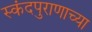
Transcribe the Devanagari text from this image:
स्कंदपुराणाच्या